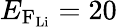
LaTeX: E_{\mathrm{F_{\mathrm{Li}}}}=20